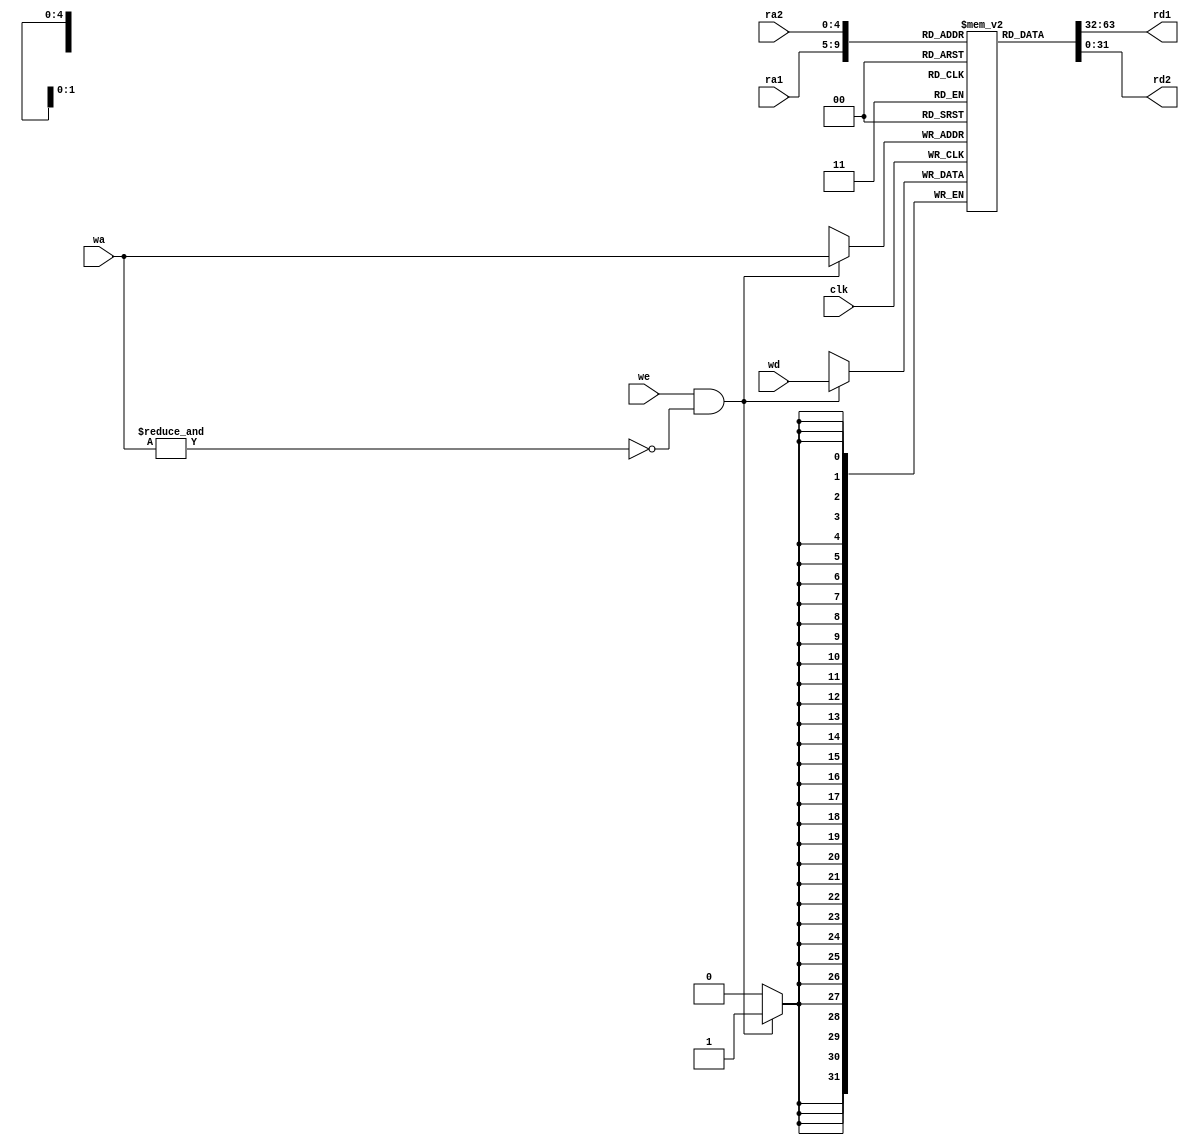
///////////////////////////////////////////////////////////////////////////////
// 
// Description: This file contains the register file implementation
///////////////////////////////////////////////////////////////////////////////

module reg_file(
    input clk,
    input [4:0] ra1,          // read address 1
    input [4:0] ra2,          // read address 2
    output [31:0] rd1,        // read data 1
    output [31:0] rd2,        // read data 2    
    input we,                 // write enable
    input [4:0] wa,           // write address
    input [31:0] wd           // write data
);

reg [31:0] mem [0:31];

assign rd1 = mem[ra1];
assign rd2 = mem[ra2];

always @(posedge clk) begin
    if (we && ~&wa) begin
        mem[wa] <= wd;
    end
end

endmodule